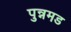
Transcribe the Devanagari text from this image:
पुन्नमड